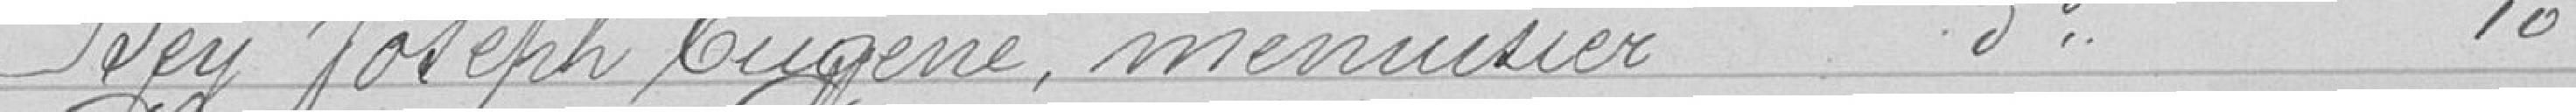
Bey Joseph Eugène, menuisier, Rue du Nord 10